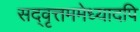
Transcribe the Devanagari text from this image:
सद्‌वृत्तममेध्यादपि